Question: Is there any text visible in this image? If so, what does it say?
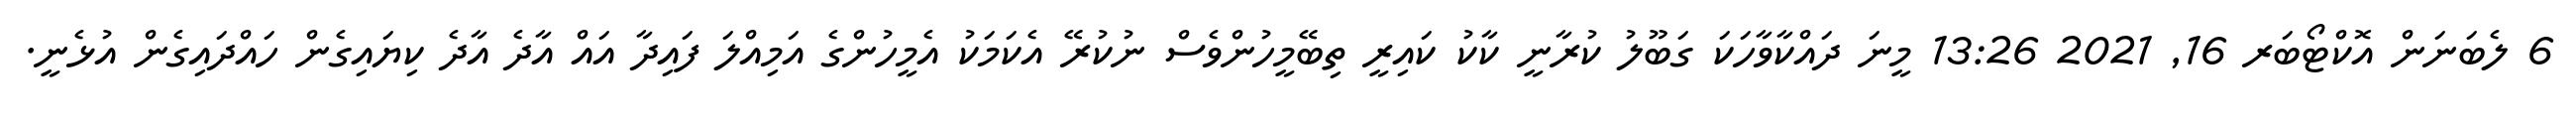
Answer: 6 ލެބަނަން އޮކްޓޯބަރ 16, 2021 13:26 މީނަ ދައްކާވާހަކަ ގަބޫލު ކުރާނީ ކާކު ކައިރީ ތިބޭމީހުންވެސް ނުކުރޭ އެކަމަކު އެމީހުންގެ އަމިއްލަ ފައިދާ އައް އާދެ އާދެ ކިޔައިގެން ހައްދައިގެން އުޅެނީ.